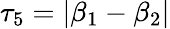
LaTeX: \tau_{5}=|\beta_{1}-\beta_{2}|